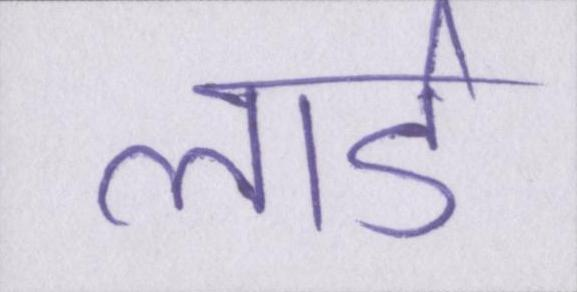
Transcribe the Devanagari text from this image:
लार्ड